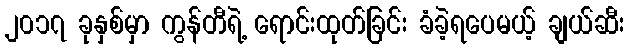
၂၀၁၇ ခုနှစ်မှာ ကွန်တီရဲ့ ရောင်းထုတ်ခြင်း ခံခဲ့ရပေမယ့် ချယ်ဆီး